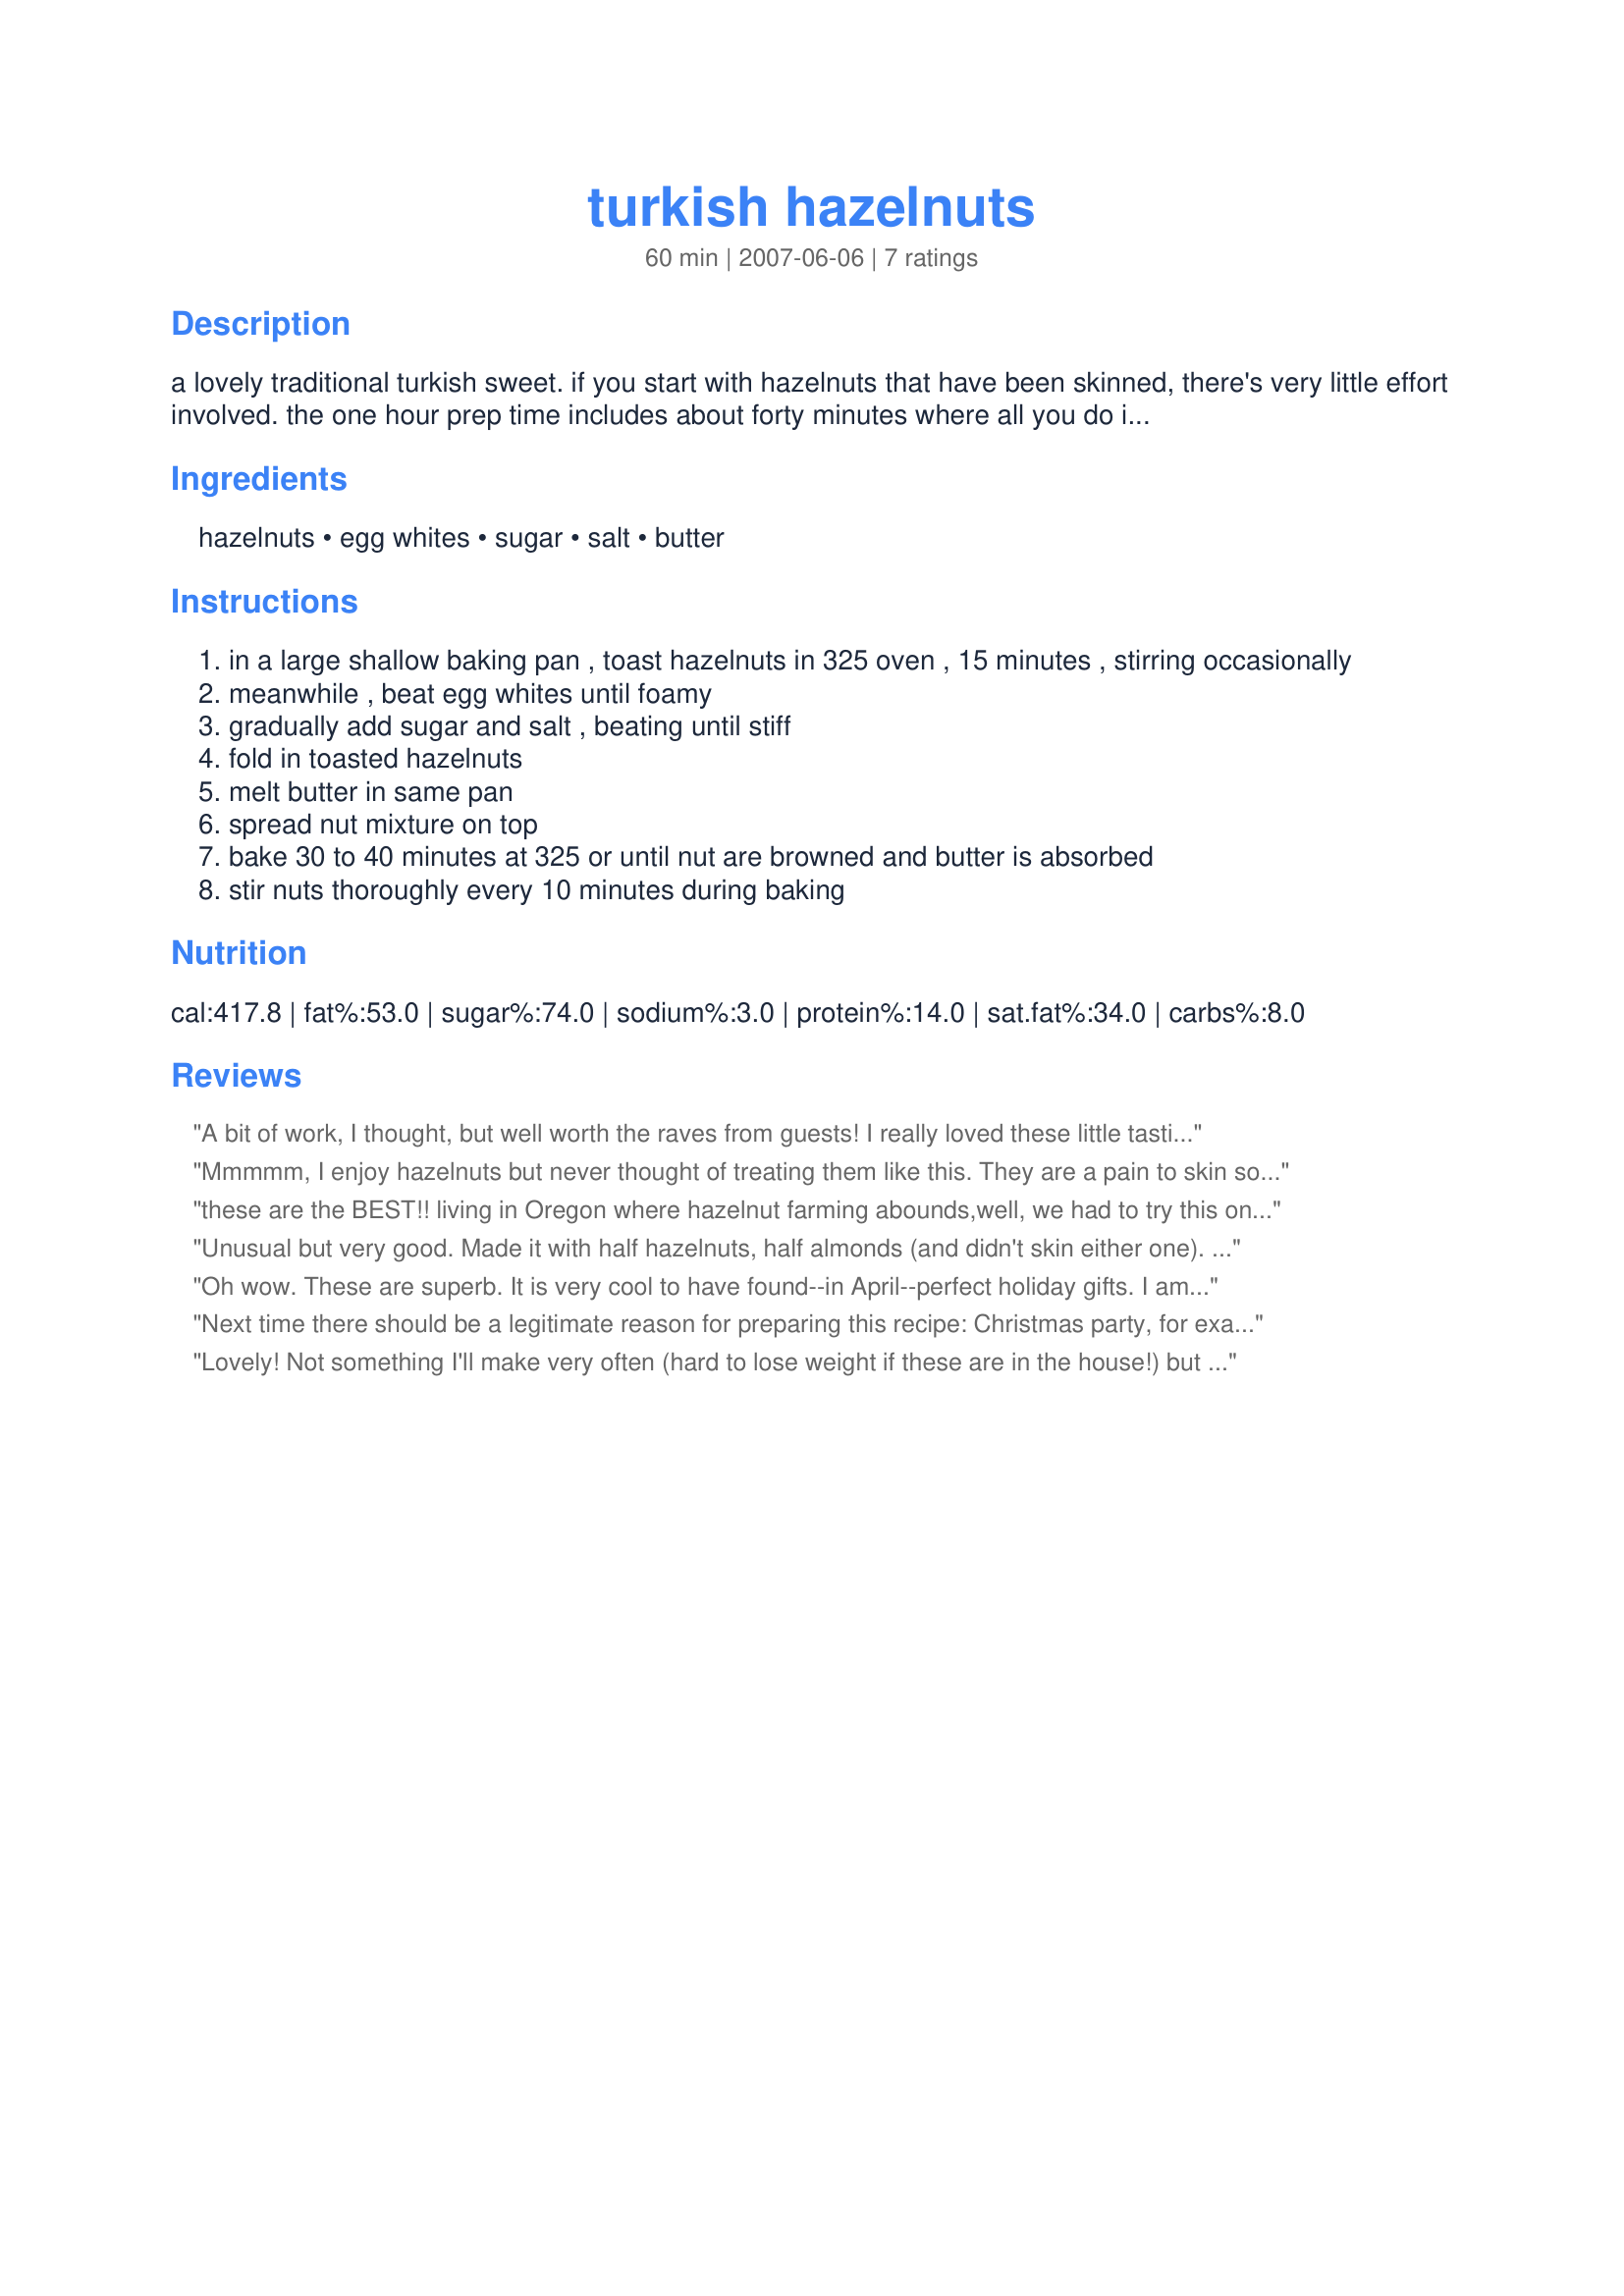
turkish hazelnuts
Preparation time: 60 minutes

a lovely traditional turkish sweet. if you start with hazelnuts that have been skinned, there's very little effort involved. the one hour prep time includes about forty minutes where all you do is stir the nuts at ten minute intervals.

Ingredients:
hazelnuts, egg whites, sugar, salt, butter

Steps:
in a large shallow baking pan , toast hazelnuts in 325 oven , 15 minutes , stirring occasionally
meanwhile , beat egg whites until foamy
gradually add sugar and salt , beating until stiff
fold in toasted hazelnuts
melt butter in same pan
spread nut mixture on top
bake 30 to 40 minutes at 325 or until nut are browned and butter is absorbed
stir nuts thoroughly every 10 minutes during baking

Reviews:
A bit of work, I thought, but well worth the raves from guests! I really loved these little tasties, but was happy enough when my friends devoured most of them ~ I think that if I make them another time it'll be as gifts or 'favors' at each place setting! Thanks for sharing the recipe! [Tagged, made & reviewed in 1-2-3 Hit Wonders]
Mmmmm, I enjoy hazelnuts but never thought of treating them like this. They are a pain to skin so I didn&#039;t bother and the finished product didn&#039;t suffer at all. Seriously, who doesn&#039;t like crunchy coated nuts! :D
these are the BEST!! living in Oregon where hazelnut farming abounds,well, we had to try this one. and you cannot stop eating these nuts, once you get started. i have doubled the recipe with no problems. would make a nice gift at the holidays as well. yum-o!
Unusual but very good. Made it with half hazelnuts, half almonds (and didn't skin either one). We actually preferred the almonds, but only slightly. I also forgot to stir it as per the last step. That turned out fine, it just formed a flat cookie that I broke apart afterward like toffee. It was a great flavor combination of sweet, buttery, salty and nutty.
Oh wow. These are superb. It is very cool to have found--in April--perfect holiday gifts. I am SO GLAD I tried them. Utterly delicious!
Next time there should be a legitimate reason for preparing this recipe: Christmas party, for example. I've eaten too many of these. An unusual way to candy nuts, but turned out to be a winner. Don't let the cottage cheese-like look of the mixture scare you. It did me. Oh, and Chef Kate, I didn't skin the hazelnuts even though you specifically said I should. cg ;)
Lovely! Not something I'll make very often (hard to lose weight if these are in the house!) but they made a delightful treat. I cut the recipe in half before making it, but I doubt that affected the outcome. Thanks for posting!
